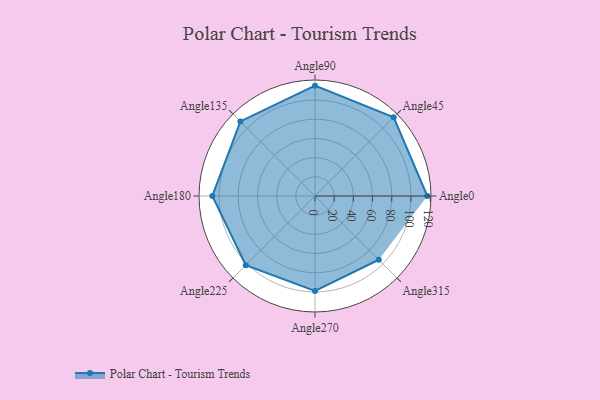
{"axis": {"x": "Angle", "y": "Radius"}, "legend": [""], "data": [{"x": "Angle0", "y": 117.0, "type": ""}, {"x": "Angle45", "y": 116.0, "type": ""}, {"x": "Angle90", "y": 115.0, "type": ""}, {"x": "Angle135", "y": 110.0, "type": ""}, {"x": "Angle180", "y": 107.0, "type": ""}, {"x": "Angle225", "y": 102.0, "type": ""}, {"x": "Angle270", "y": 99.0, "type": ""}, {"x": "Angle315", "y": 94.0, "type": ""}]}